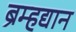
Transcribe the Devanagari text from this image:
ब्रम्हद्यान